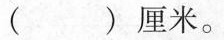
( )厘米。